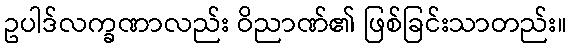
ဥပါဒ်လက္ခဏာလည်း ဝိညာဏ်၏ ဖြစ်ခြင်းသာတည်း။